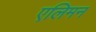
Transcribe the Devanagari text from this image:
एलिमन